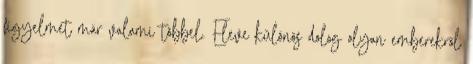
figyelmet már valami többel. Eleve különös dolog olyan emberekről